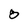
Character: 8